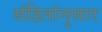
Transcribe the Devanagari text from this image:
संहितांनुसार